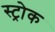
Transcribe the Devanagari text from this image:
स्‍ट्रोक